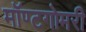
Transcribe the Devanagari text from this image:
मॉण्टगोमरी